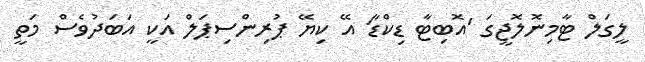
ލީގަލް ޓާމިނޮލޮޖީގަ 'އޮބިޓާ ޑިކްޑާ' އޭ ކިޔޭ ޕުރިންސިޕަލް އަކީ އަބަދުވެސް މަތީ